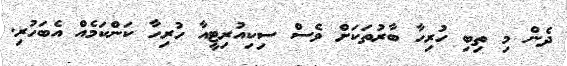
ދެން މި ތިބި ހުރިހާ ބާރުތަކަށް ވެސް ސިކިއުރިޓީއާ ހުރިހާ ކަންކަމެއް އެބަހުރި.